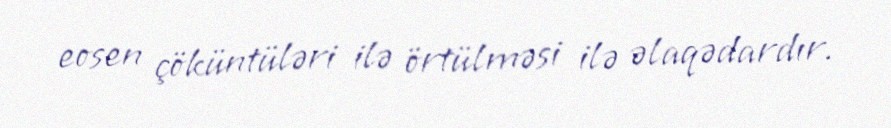
eosen çöküntüləri ilə örtülməsi ilə əlaqədardır.